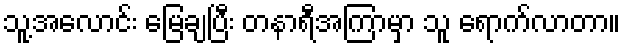
သူ့အလောင်း မြေချပြီး တနာရီအကြာမှာ သူ ရောက်လာတာ။